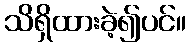
သိရှိထားခဲ့၍ပင်။